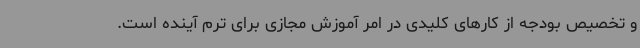
و تخصیص بودجه از کارهای کلیدی در امر آموزش مجازی برای ترم آینده است.